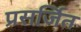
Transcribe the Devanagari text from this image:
प्रसर्जित